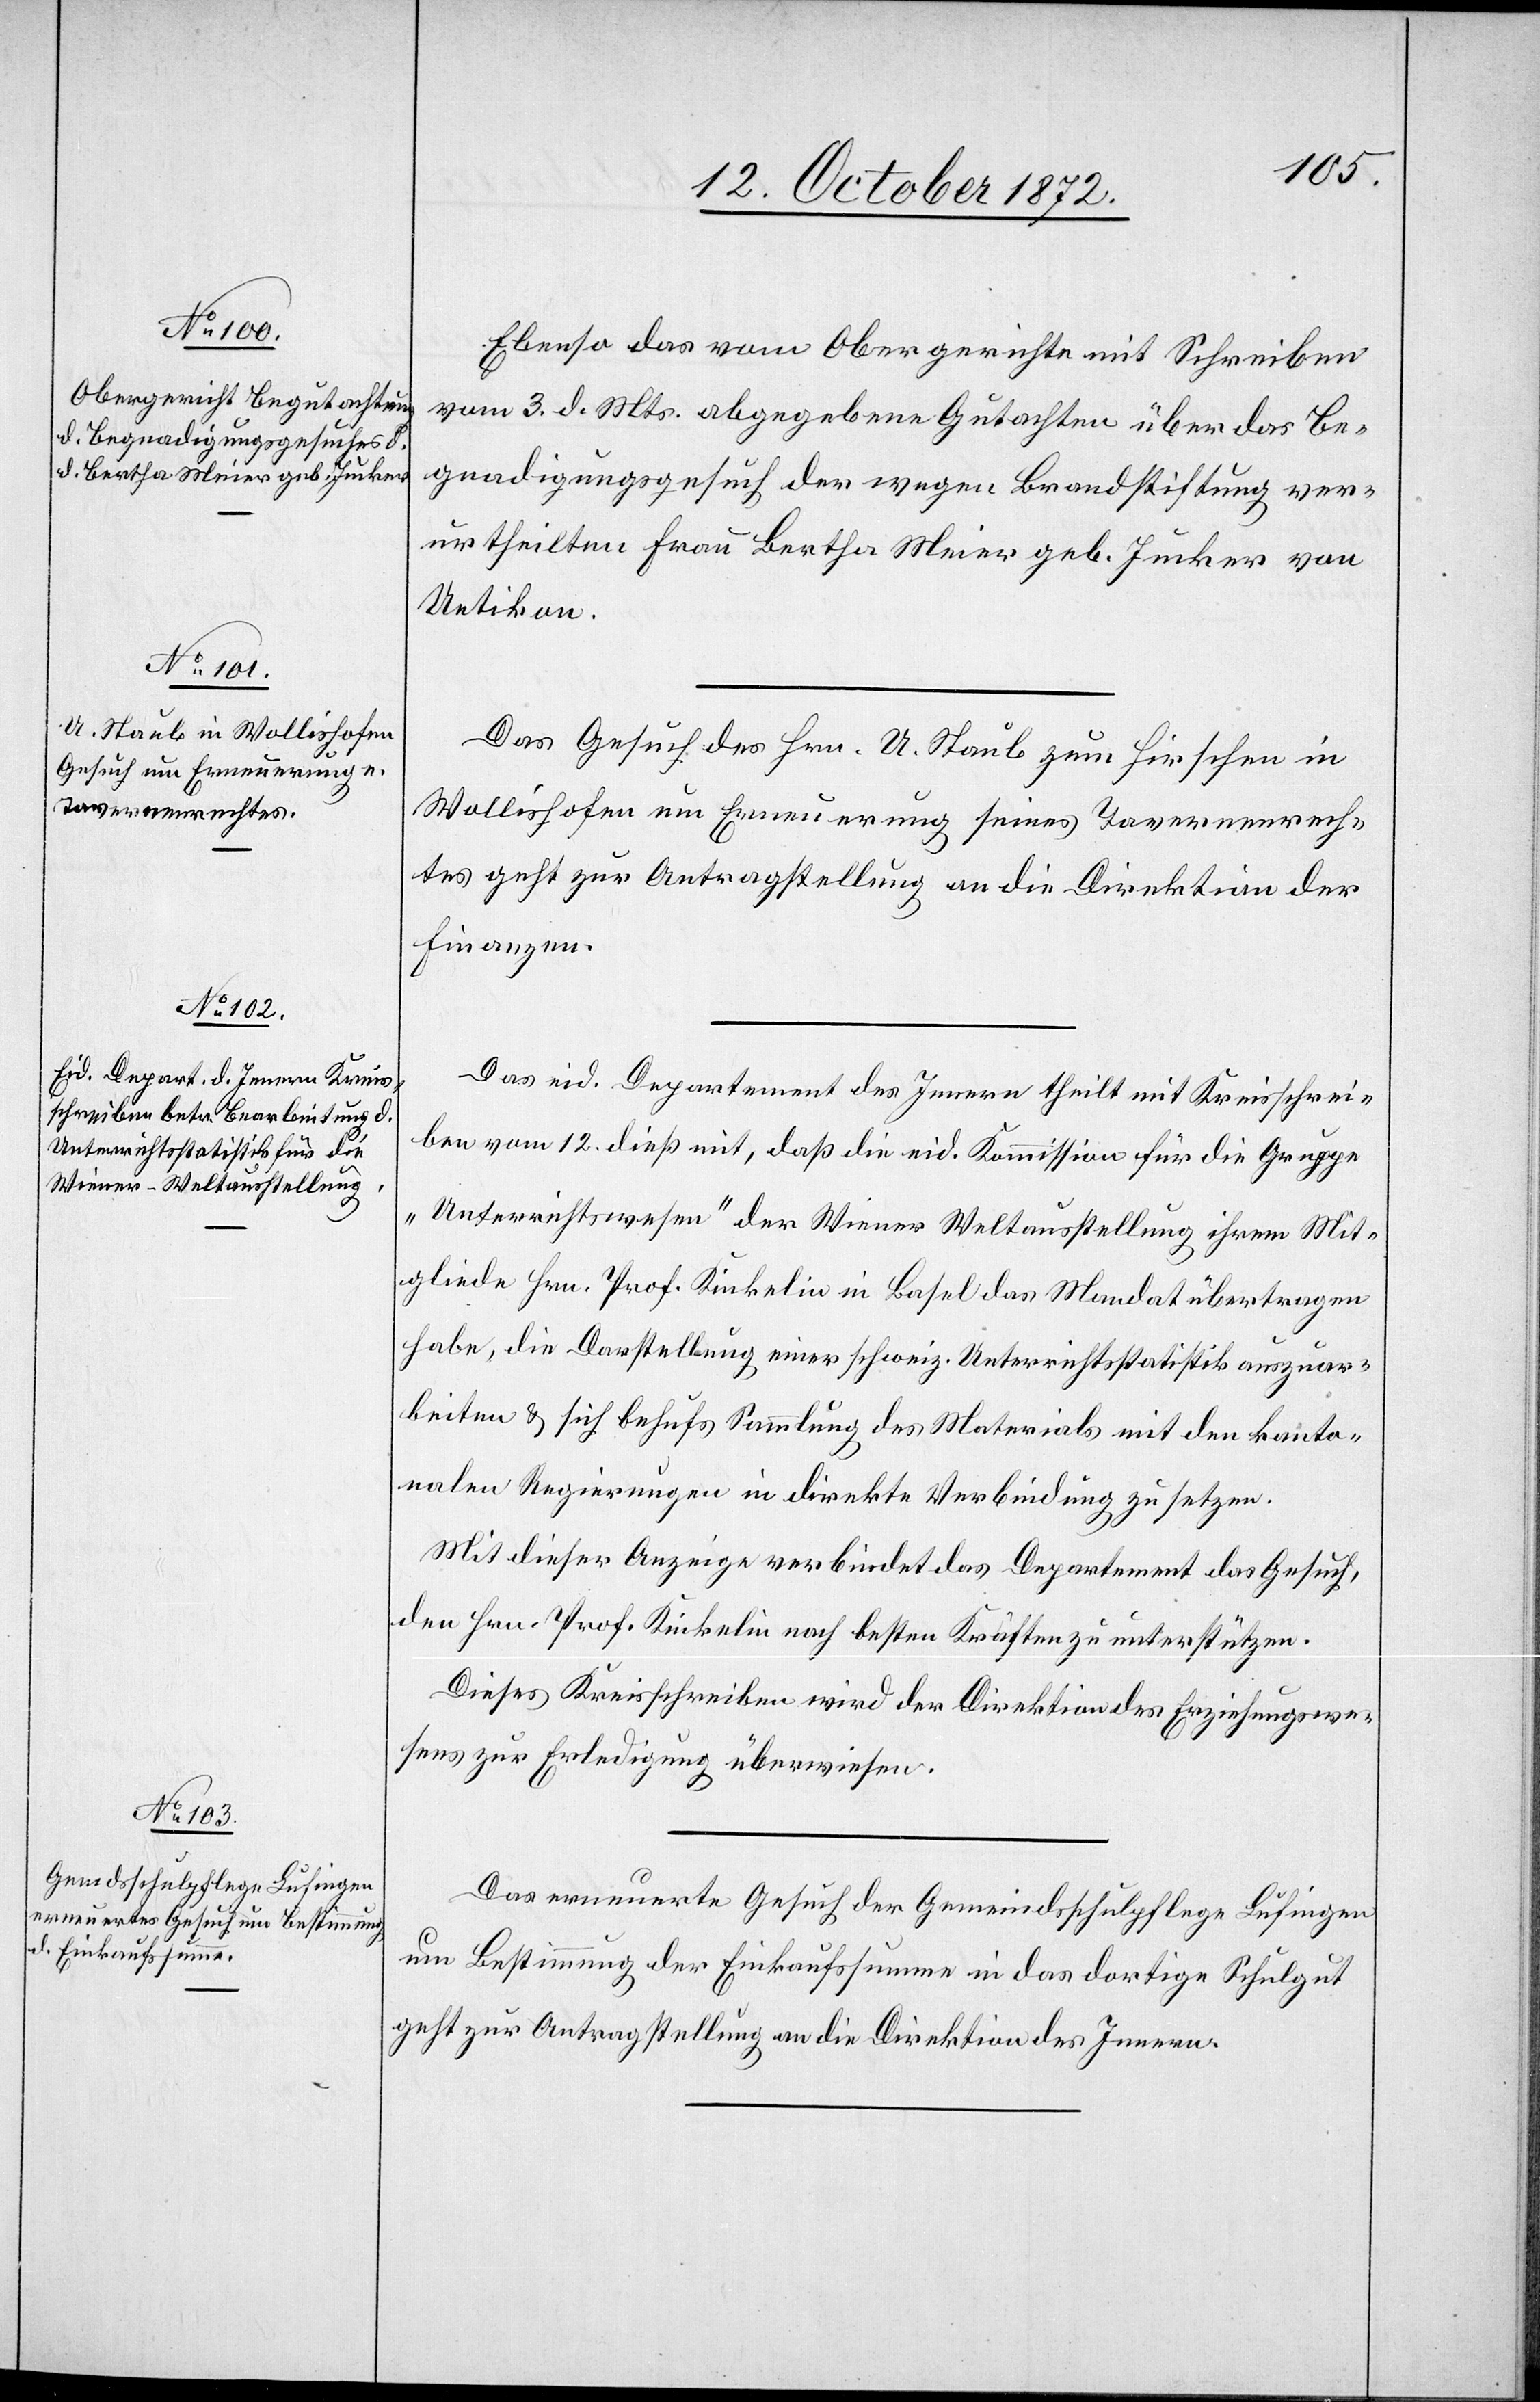
15. October 1872.]
Ebenso das vom Obergerichte mit Schreiben
vom 3. d. Mts. abgegebene Gutachten über das Be¬
gnadigungsgesuch der wegen Brandstiftung ver¬
urtheilten Frau Bertha Meier geb. Junker von
Uetikon.
Das Gesuch des Hrn. A. Staub zum Hirschen in
Wollishofen um Erneuerung seines Tavernenrech¬
tes geht zur Antragstellung an die Direktion der
Finanzen.
Das eid. Departement des Innern theilt mit Kreisschrei¬
ben vom 12. dieß mit, daß die eid. Kommission für die Gruppe
„Unterrichtswesen“ der Wiener Weltausstellung ihrem Mit¬
gliede Hrn. Prof. Kinkelin in Basel das Mandat übertragen
habe, die Darstellung einer schweiz. Unterrichtsstatistik auszuar¬
beiten u. sich behufs Sammlung des Materials mit den kanto¬
nalen Regierungen in direkte Verbindung zu setzen.
Mit dieser Anzeige verbindet das Departement das Gesuch,
den Hrn. Prof. Kinkelin nach besten Kräften zu unterstützen.
Dieses Kreisschreiben wird der Direktion des Erziehungswe¬
sens zur Erledigung überwiesen.
Das erneuerte Gesuch der Gemeindsschulpflege Lufingen
um Bestimmung der Einkaufssumme in das dortige Schulgut
geht zur Antragstellung an die Direktion des Innern.